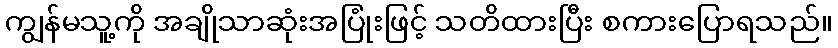
ကျွန်မသူ့ကို အချိုသာဆုံးအပြုံးဖြင့် သတိထားပြီး စကားပြောရသည်။